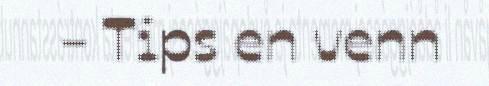
- Tips en venn